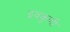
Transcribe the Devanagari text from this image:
इवकुणी